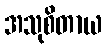
အသုစိတာယ